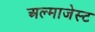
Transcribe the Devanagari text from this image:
अल्माजेस्ट